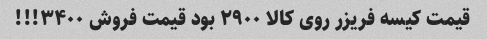
قیمت کیسه فریزر روی کالا ۲۹۰۰ بود قیمت فروش ۳۴۰۰!!!